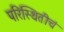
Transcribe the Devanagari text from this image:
परिस्थितीचं